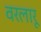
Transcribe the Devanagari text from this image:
वरलारू